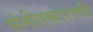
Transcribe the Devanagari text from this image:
संगीतकाराची